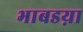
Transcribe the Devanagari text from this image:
भाबडय़ा